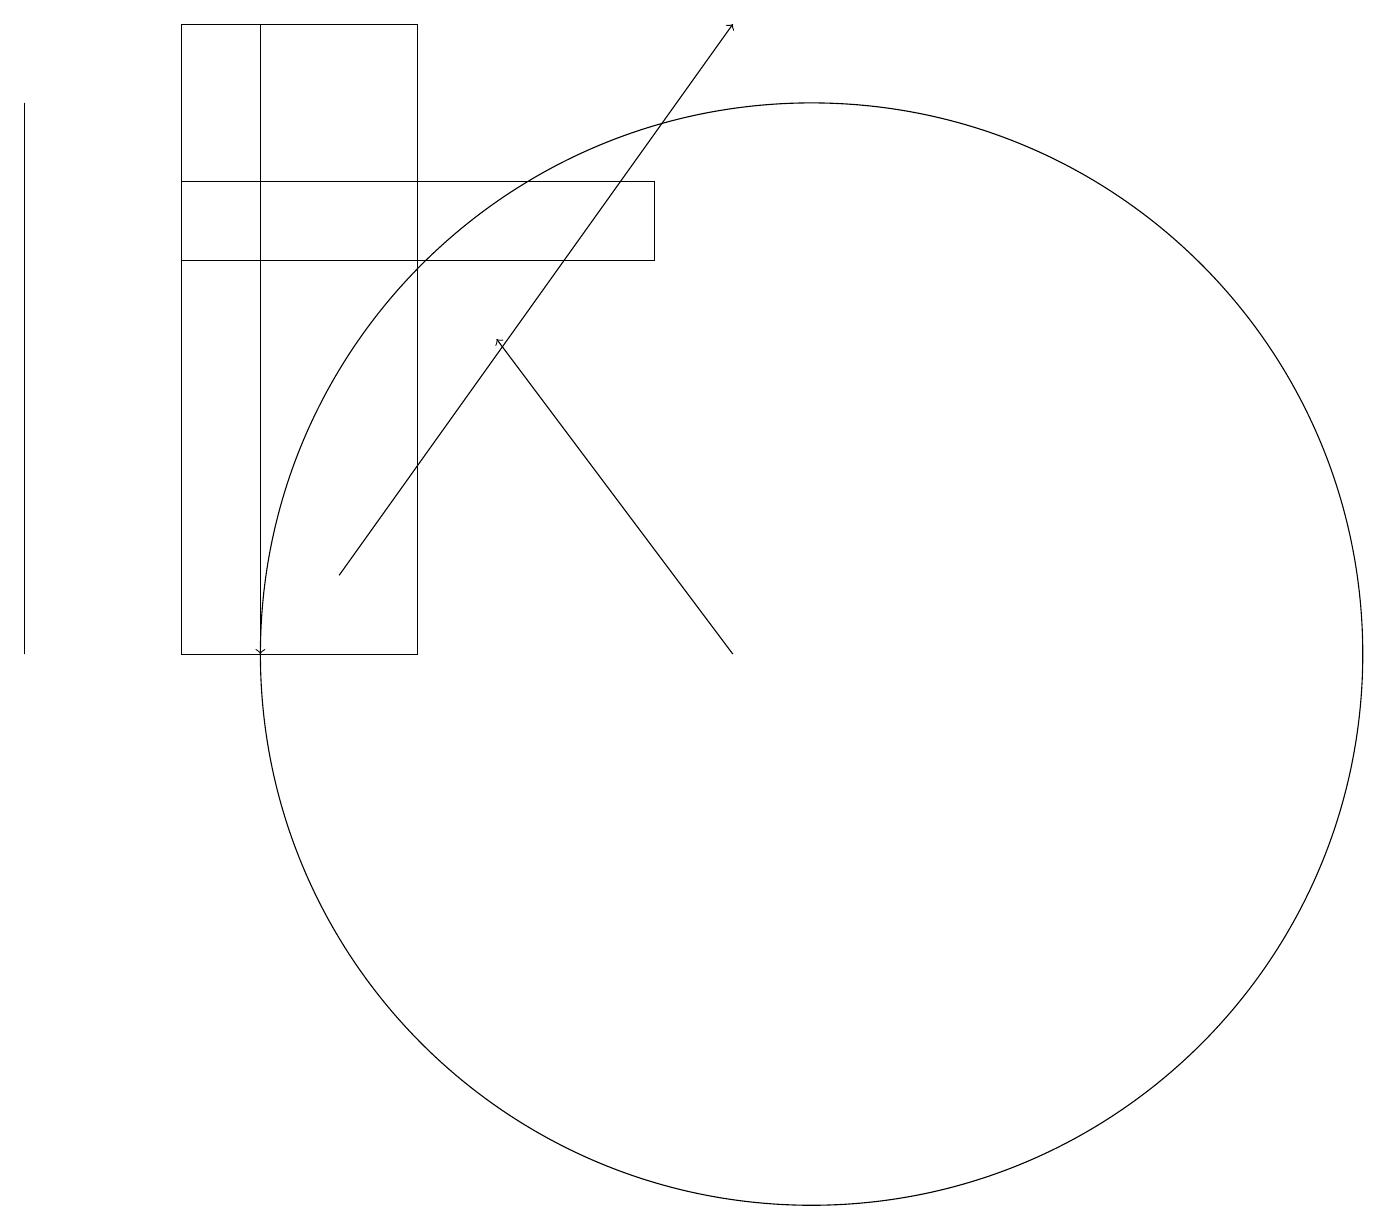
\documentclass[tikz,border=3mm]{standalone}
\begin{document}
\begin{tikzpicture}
\draw[->] (9,10) -- (6,14);
\draw (10,10) circle (7);
\draw (2,15) rectangle (8,16);
\draw (2,10) rectangle (5,18);
\draw[->] (4,11) -- (9,18);
\draw (0,17) rectangle (0,10);
\draw[->] (3,18) -- (3,10);
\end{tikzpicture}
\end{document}